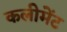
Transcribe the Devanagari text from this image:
कलीमेंट